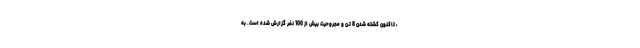
، تاکنون کشته شدن 8 تن و مجروحیت بیش از 100 نفر گزارش شده است. به